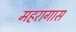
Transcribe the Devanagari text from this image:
महरागास